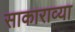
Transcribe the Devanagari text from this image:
साकाराव्या